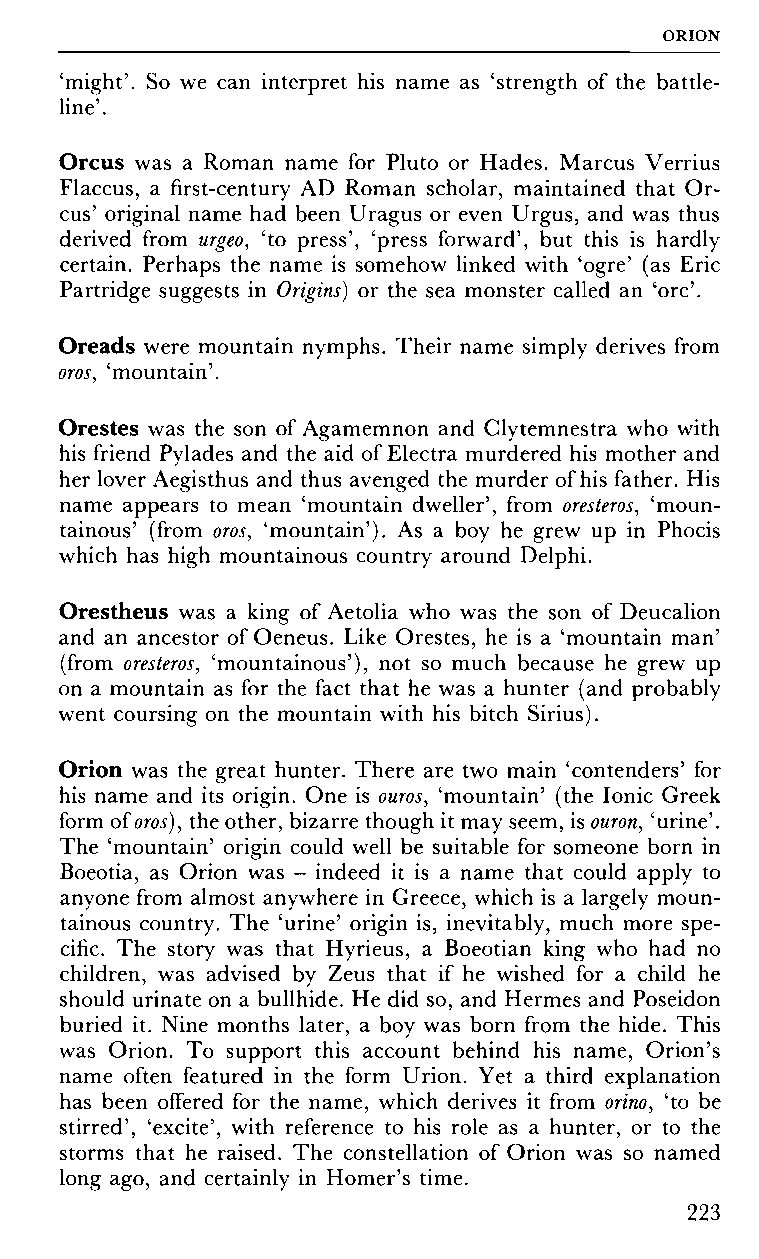
ORION
 'might'. So we can interpret his name as 'strength of the battle-
 line'.
 Orcus was a Roman name for Pluto or Hades. Marcus Verrius
 Flaccus, a first-century AD Roman scholar, maintained that Or
 cus' original name had been Uragus or even Urgus, and was thus
 derived from urgeo, 'to press', 'press forward', but this is hardly
 certain. Perhaps the name is somehow linked with 'ogre' (as Eric
 Partridge suggests in Origins) or the sea monster called an 'ore'.
 Oreads were mountain nymphs. Their name simply derives from
 oros, 'mountain'.
 Orestes was the son of Agamemnon and Clytemnestra who with
 his friend Pylades and the aid of Electra murdered his mother and
 her lover Aegisthus and thus avenged the murder of his father. His
 name appears to mean 'mountain dweller', from oresteros, 'moun
 tainous' (from oros, 'mountain'). As a boy he grew up in Phocis
 which has high mountainous country around Delphi.
 Orestheus was a king of Aetolia who was the son of Deucalion
 and an ancestor of Oeneus. Like Orestes, he is a 'mountain man'
 (from oresteros, 'mountainous'), not so much because he grew up
 on a mountain as for the fact that he was a hunter (and probably
 went coursing on the mountain with his bitch Sirius).
 Orion was the great hunter. There are two main 'contenders' for
 his name and its origin. One is ouros, 'mountain' (the Ionic Greek
 form of oros), the other, bizarre though it may seem, is ouron, 'urine'.
 The 'mountain' origin could well be suitable for someone born in
 Boeotia, as Orion was - indeed it is a name that could apply to
 anyone from almost anywhere in Greece, which is a largely moun
 tainous country. The 'urine' origin is, inevitably, much more spe
 cific. The story was that Hyrieus, a Boeotian king who had no
 children, was advised by Zeus that if he wished for a child he
 should urinate on a bullhide. He did so, and Hermes and Poseidon
 buried it. Nine months later, a boy was born from the hide. This
 was Orion. To support this account behind his name, Orion's
 name often featured in the form Urion. Yet a third explanation
 has been offered for the name, which derives it from orino, 'to be
 stirred', 'excite', with reference to his role as a hunter, or to the
 storms that he raised. The constellation of Orion was so named
 long ago, and certainly in Homer's time.
 223